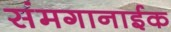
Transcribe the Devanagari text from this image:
संमगानाईक